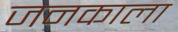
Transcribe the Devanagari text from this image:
जनकाला